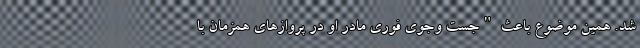
شد. همین موضوع باعث "جست و‌جوی فوری مادر او در پروازهای همزمان با